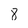
Character: 8